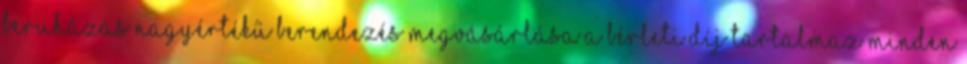
beruházás nagyértékű berendezés megvásárlása A bérleti díj tartalmaz minden